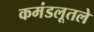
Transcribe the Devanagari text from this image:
कमंडलूतले